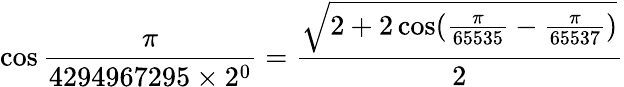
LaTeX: \cos{\frac{\pi}{4294967295\times 2^{0}}}={\frac{\sqrt{2+2\cos({\frac{\pi}{65535}}-{\frac{\pi}{65537}})}}{2}}